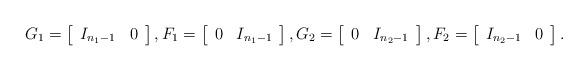
LaTeX: \begin{align*}G_1 = \left[\begin{array}{cc}I_{n_1-1} & 0\end{array}\right], F_1 = \left[\begin{array}{cc}0 & I_{n_1-1}\end{array}\right], G_2 = \left[\begin{array}{cc}0 & I_{n_2-1}\end{array}\right], F_2 = \left[\begin{array}{cc} I_{n_2-1} & 0 \end{array}\right].\end{align*}